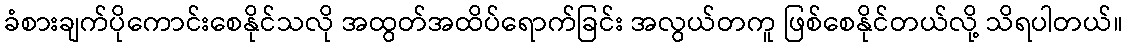
ခံစားချက်ပိုကောင်းစေနိုင်သလို အထွတ်အထိပ်ရောက်ခြင်း အလွယ်တကူ ဖြစ်စေနိုင်တယ်လို့ သိရပါတယ်။